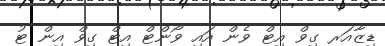
ޑިޒާއަރ ގިވް އިޓް ވެން އައި ވޯންޓް އިޓް ގިވް އިން ޓު